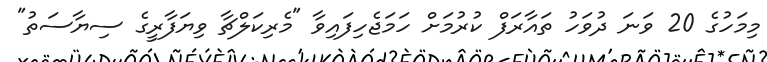
މިމަހުގެ 20 ވަނަ ދުވަހު ތައާރަފް ކުރުމަށް ހަމަޖެހިފައިވާ "މެރިކަލްޗާ ވިޔަފާރީގެ ސިޔާސަތު"